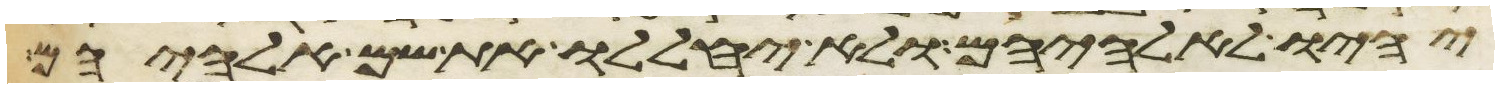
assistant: יהיו לאלהיהם ולא יחללו את שם אלהיהם